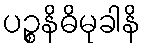
ပဉ္စနိဓိမုခါနိ